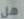
هل